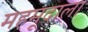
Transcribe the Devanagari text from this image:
महमूदाला